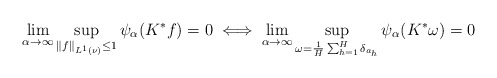
\begin{align*}\lim\limits_{\alpha \to \infty}\sup_{\Vert f\Vert_{L^1(\nu)}\leq 1}\psi_\alpha(K^{*}f)=0 \iff \lim\limits_{\alpha \to \infty}\sup_{\omega=\frac{1}{H}\sum_{h=1}^{H}\delta_{a_h}}\psi_{\alpha}(K^*\omega)=0\end{align*}